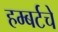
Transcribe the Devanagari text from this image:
हम्बर्टचे